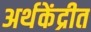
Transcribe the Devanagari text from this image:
अर्थकेंद्रीत